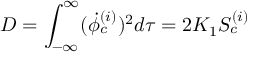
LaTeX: D = \int _ { - \infty } ^ { \infty } ( { \dot { \phi } } _ { c } ^ { ( i ) } ) ^ { 2 } d \tau = 2 K _ { 1 } S _ { c } ^ { ( i ) }